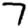
Digit: 7